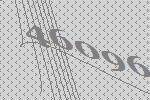
46096